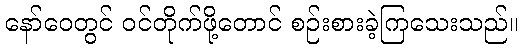
နော်ဝေတွင် ဝင်တိုက်ဖို့တောင် စဉ်းစားခဲ့ကြသေးသည်။